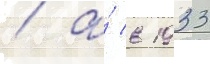
/ а́ в 1933